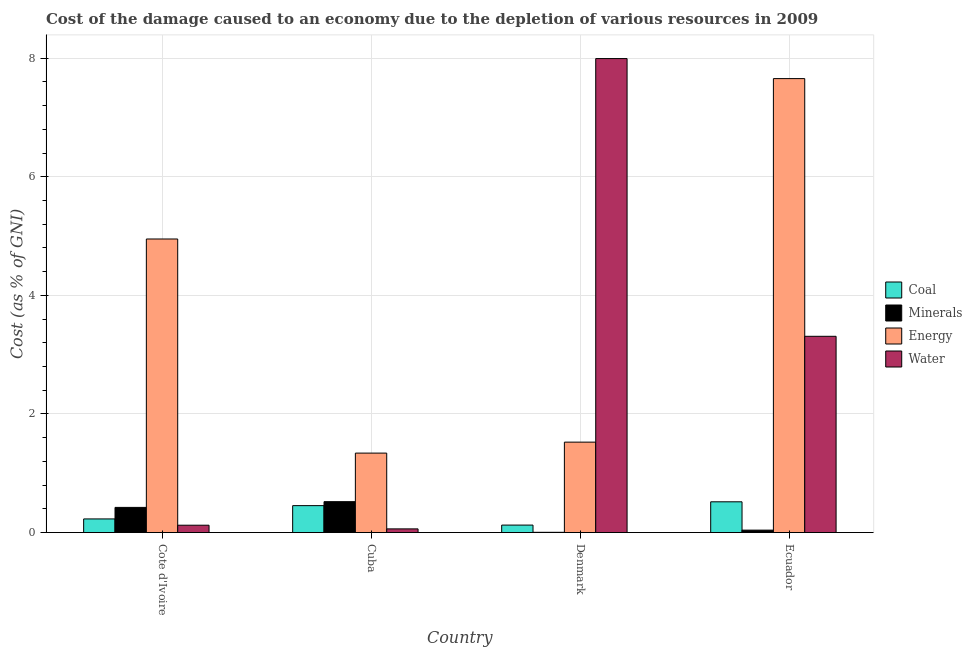
| Country | Coal | Minerals | Energy | Water |
 | --- | --- | --- | --- | --- |
 | Cote d'Ivoire | 0.231 | 0.425 | 4.95 | 0.124 |
 | Cuba | 0.455 | 0.522 | 1.34 | 0.0626 |
 | Denmark | 0.127 | 0.00494 | 1.53 | 7.99 |
 | Ecuador | 0.519 | 0.0413 | 7.66 | 3.31 |